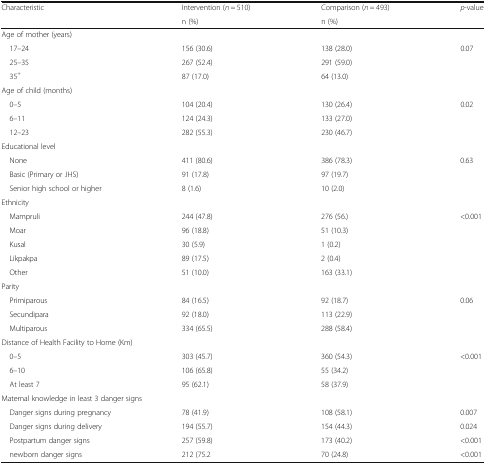
<table><thead><tr><td rowspan="2"><b>Characteristic</b></td><td><b>Intervention (<i>n</i> = 510)</b></td><td><b>Comparison (<i>n</i> = 493)</b></td><td rowspan="2"><b><i>p</i>-value</b></td></tr><tr><td><b>n (%)</b></td><td><b>n (%)</b></td></tr></thead><tbody><tr><td colspan="4">Age of mother (years)</td></tr><tr><td> 17–24</td><td>156 (30.6)</td><td>138 (28.0)</td><td rowspan="3">0.07</td></tr><tr><td> 25–35</td><td>267 (52.4)</td><td>291 (59.0)</td></tr><tr><td> 35<sup>+</sup></td><td>87 (17.0)</td><td>64 (13.0)</td></tr><tr><td colspan="4">Age of child (months)</td></tr><tr><td> 0–5</td><td>104 (20.4)</td><td>130 (26.4)</td><td rowspan="3">0.02</td></tr><tr><td> 6–11</td><td>124 (24.3)</td><td>133 (27.0)</td></tr><tr><td> 12–23</td><td>282 (55.3)</td><td>230 (46.7)</td></tr><tr><td colspan="4">Educational level</td></tr><tr><td> None</td><td>411 (80.6)</td><td>386 (78.3)</td><td rowspan="3">0.63</td></tr><tr><td> Basic (Primary or JHS)</td><td>91 (17.8)</td><td>97 (19.7)</td></tr><tr><td> Senior high school or higher</td><td>8 (1.6)</td><td>10 (2.0)</td></tr><tr><td colspan="4">Ethnicity</td></tr><tr><td> Mampruli</td><td>244 (47.8)</td><td>276 (56.)</td><td rowspan="5">&lt;0.001</td></tr><tr><td> Moar</td><td>96 (18.8)</td><td>51 (10.3)</td></tr><tr><td> Kusal</td><td>30 (5.9)</td><td>1 (0.2)</td></tr><tr><td> Likpakpa</td><td>89 (17.5)</td><td>2 (0.4)</td></tr><tr><td> Other</td><td>51 (10.0)</td><td>163 (33.1)</td></tr><tr><td colspan="4">Parity</td></tr><tr><td> Primiparous</td><td>84 (16.5)</td><td>92 (18.7)</td><td rowspan="3">0.06</td></tr><tr><td> Secundipara</td><td>92 (18.0)</td><td>113 (22.9)</td></tr><tr><td> Multiparous</td><td>334 (65.5)</td><td>288 (58.4)</td></tr><tr><td colspan="4">Distance of Health Facility to Home (Km)</td></tr><tr><td> 0–5</td><td>303 (45.7)</td><td>360 (54.3)</td><td rowspan="3">&lt;0.001</td></tr><tr><td> 6–10</td><td>106 (65.8)</td><td>55 (34.2)</td></tr><tr><td> At least 7</td><td>95 (62.1)</td><td>58 (37.9)</td></tr><tr><td colspan="4">Maternal knowledge in least 3 danger signs</td></tr><tr><td> Danger signs during pregnancy</td><td>78 (41.9)</td><td>108 (58.1)</td><td>0.007</td></tr><tr><td> Danger signs during delivery</td><td>194 (55.7)</td><td>154 (44.3)</td><td>0.024</td></tr><tr><td> Postpartum danger signs</td><td>257 (59.8)</td><td>173 (40.2)</td><td>&lt;0.001</td></tr><tr><td> newborn danger signs</td><td>212 (75.2</td><td>70 (24.8)</td><td>&lt;0.001</td></tr></tbody></table>